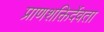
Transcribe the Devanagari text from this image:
प्राणशक्तिर्देवता